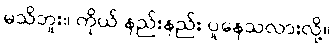
မသိဘူး။ ကိုယ် နည်းနည်း ပူနေသလားလို့။